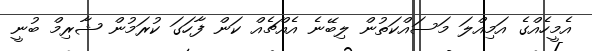
އެމީހެއްގެ އަމިއްލަ މަސައްކަތުން ލިބޭނެ އެއްޗެއް ކަން ފާހަގަ ކުރަމުން ޝާރިމް ބުނީ